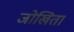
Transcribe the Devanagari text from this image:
जोखिता